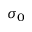
\sigma _ { 0 }